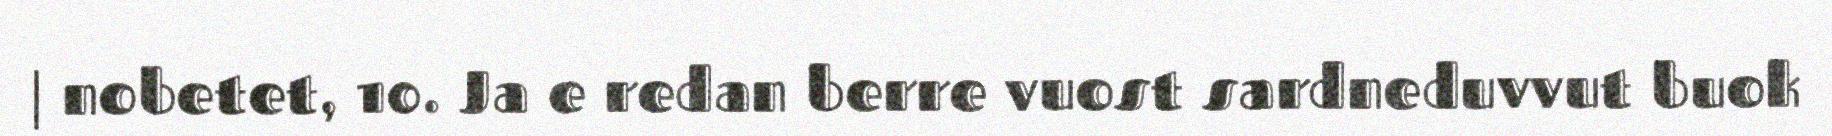
| nobetet, 10. Ja e redan berre vuost sardneduvvut buok